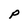
Character: P